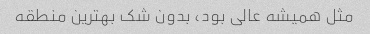
مثل همیشه عالی بود، بدون شک بهترین منطقه